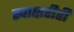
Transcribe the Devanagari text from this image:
स्वाक्षरीही